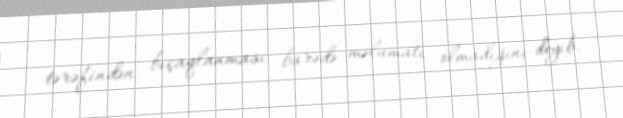
tərəfindən bıçaqlanması barədə məlumatı olmadığını deyib.